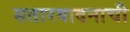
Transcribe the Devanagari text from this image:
सतारवादनाची